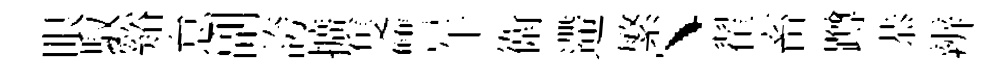
眼馭谿怠副誇擴隻讐午衛遰繁、翟畜蹲恭辨